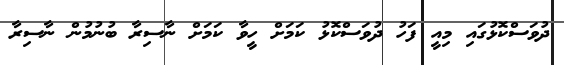
ދުވަސްކޮޅުގައި މިއީ ފަހު ދުވަސްކޮޅު ކަމަށް ހީވާ ކަމަށް ނާސިރާ ބުނުމުން ނާސިރާ